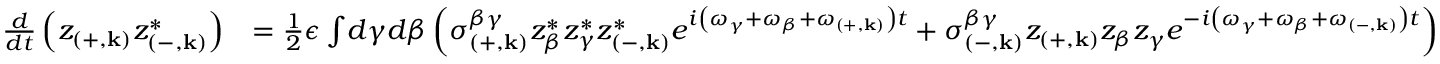
\begin{array} { r l } { \frac { d } { d t } \left( z _ { \left( + , \mathbf { k } \right) } z _ { \left( - , \mathbf { k } \right) } ^ { * } \right) } & { = \frac { 1 } { 2 } \epsilon \int \! d \gamma d \beta \left( \sigma _ { \left( + , \mathbf { k } \right) } ^ { \beta \gamma } z _ { \beta } ^ { * } z _ { \gamma } ^ { * } z _ { \left( - , \mathbf { k } \right) } ^ { * } e ^ { i \left( \omega _ { \gamma } + \omega _ { \beta } + \omega _ { \left( + , \mathbf { k } \right) } \right) t } + \sigma _ { \left( - , \mathbf { k } \right) } ^ { \beta \gamma } z _ { \left( + , \mathbf { k } \right) } z _ { \beta } z _ { \gamma } e ^ { - i \left( \omega _ { \gamma } + \omega _ { \beta } + \omega _ { \left( - , \mathbf { k } \right) } \right) t } \right) } \end{array}